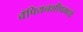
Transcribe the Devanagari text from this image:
चँपियनशीपमध्ये